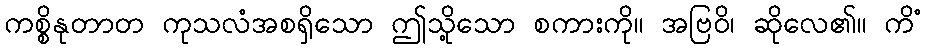
ကစ္စိနုတာတ ကုသလံအစရှိသော ဤသို့သော စကားကို။ အဗြဝိ၊ ဆိုလေ၏။ ကိံ